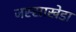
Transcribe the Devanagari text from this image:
जस्‍साखेडा